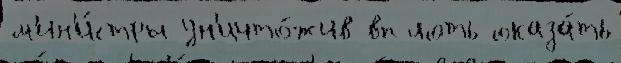
м'ин'и́стры ун'ичто́жив вплоть оказа́ть